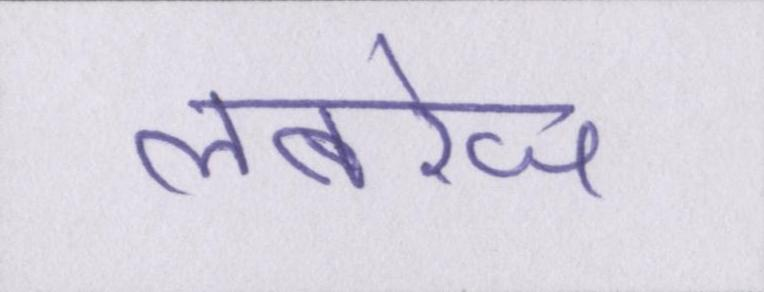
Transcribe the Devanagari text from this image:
लबरेज